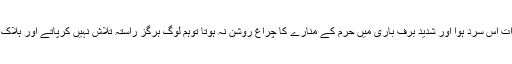
اگر کل رات اس سرد ہوا اور شدید برف باری میں حرم کے منارے کا چراغ روشن نہ ہوتا توہم لوگ ہرگز راستہ تلاش نہیں کرپاتے اور ہلاک ہوجاتے ۔